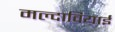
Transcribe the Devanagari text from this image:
मल्दावियाई